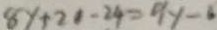
8 y + 2 1 - 2 4 = 9 y - 6